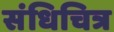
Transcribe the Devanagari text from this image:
संधिचित्र